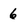
Character: 6